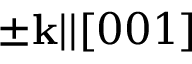
\pm \mathbf { k } | | [ 0 0 1 ]